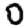
Digit: 0